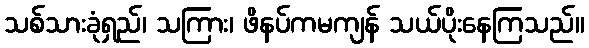
သစ်သားခုံရှည်၊ သကြား၊ ဖိနပ်ကမကျန် သယ်ပိုးနေကြသည်။